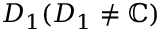
D _ { 1 } ( D _ { 1 } \neq \mathbb { C } )